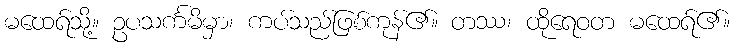
မထေရ်သို့။ ဥပသင်္ကမိမှာ၊ ကပ်သည်ဖြစ်ကုန်၏။ တဿ၊ ထိုရေဝတ မထေရ်၏။